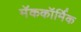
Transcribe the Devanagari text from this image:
मॅककॉर्मिक